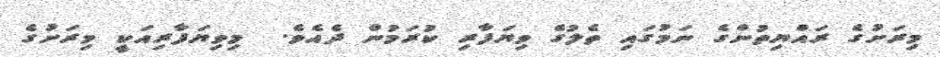
މިރަށުގެ ރައްޔިތުންގެ ނަމުގައި ތެލުގެ ވިޔަފާރި ކުރަމުން ދެއެވެ.  މިވިޔަފާރިއަކީ މިރަށުގެ